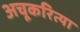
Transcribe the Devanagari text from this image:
अचूकरित्या